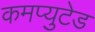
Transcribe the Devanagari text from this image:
कमप्युटेड